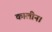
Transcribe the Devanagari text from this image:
कालीन।